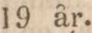
19 år.